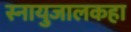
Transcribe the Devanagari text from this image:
स्नायुजालकहा